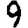
Digit: 9